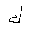
Letter: _kaf